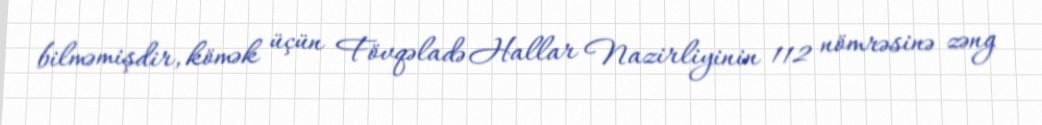
bilməmişdir, kömək üçün Fövqəladə Hallar Nazirliyinin 112 nömrəsinə zəng